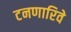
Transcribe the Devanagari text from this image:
टनणारिवे